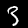
Label: 3